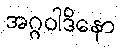
အဂ္ဂဝါဒိနော